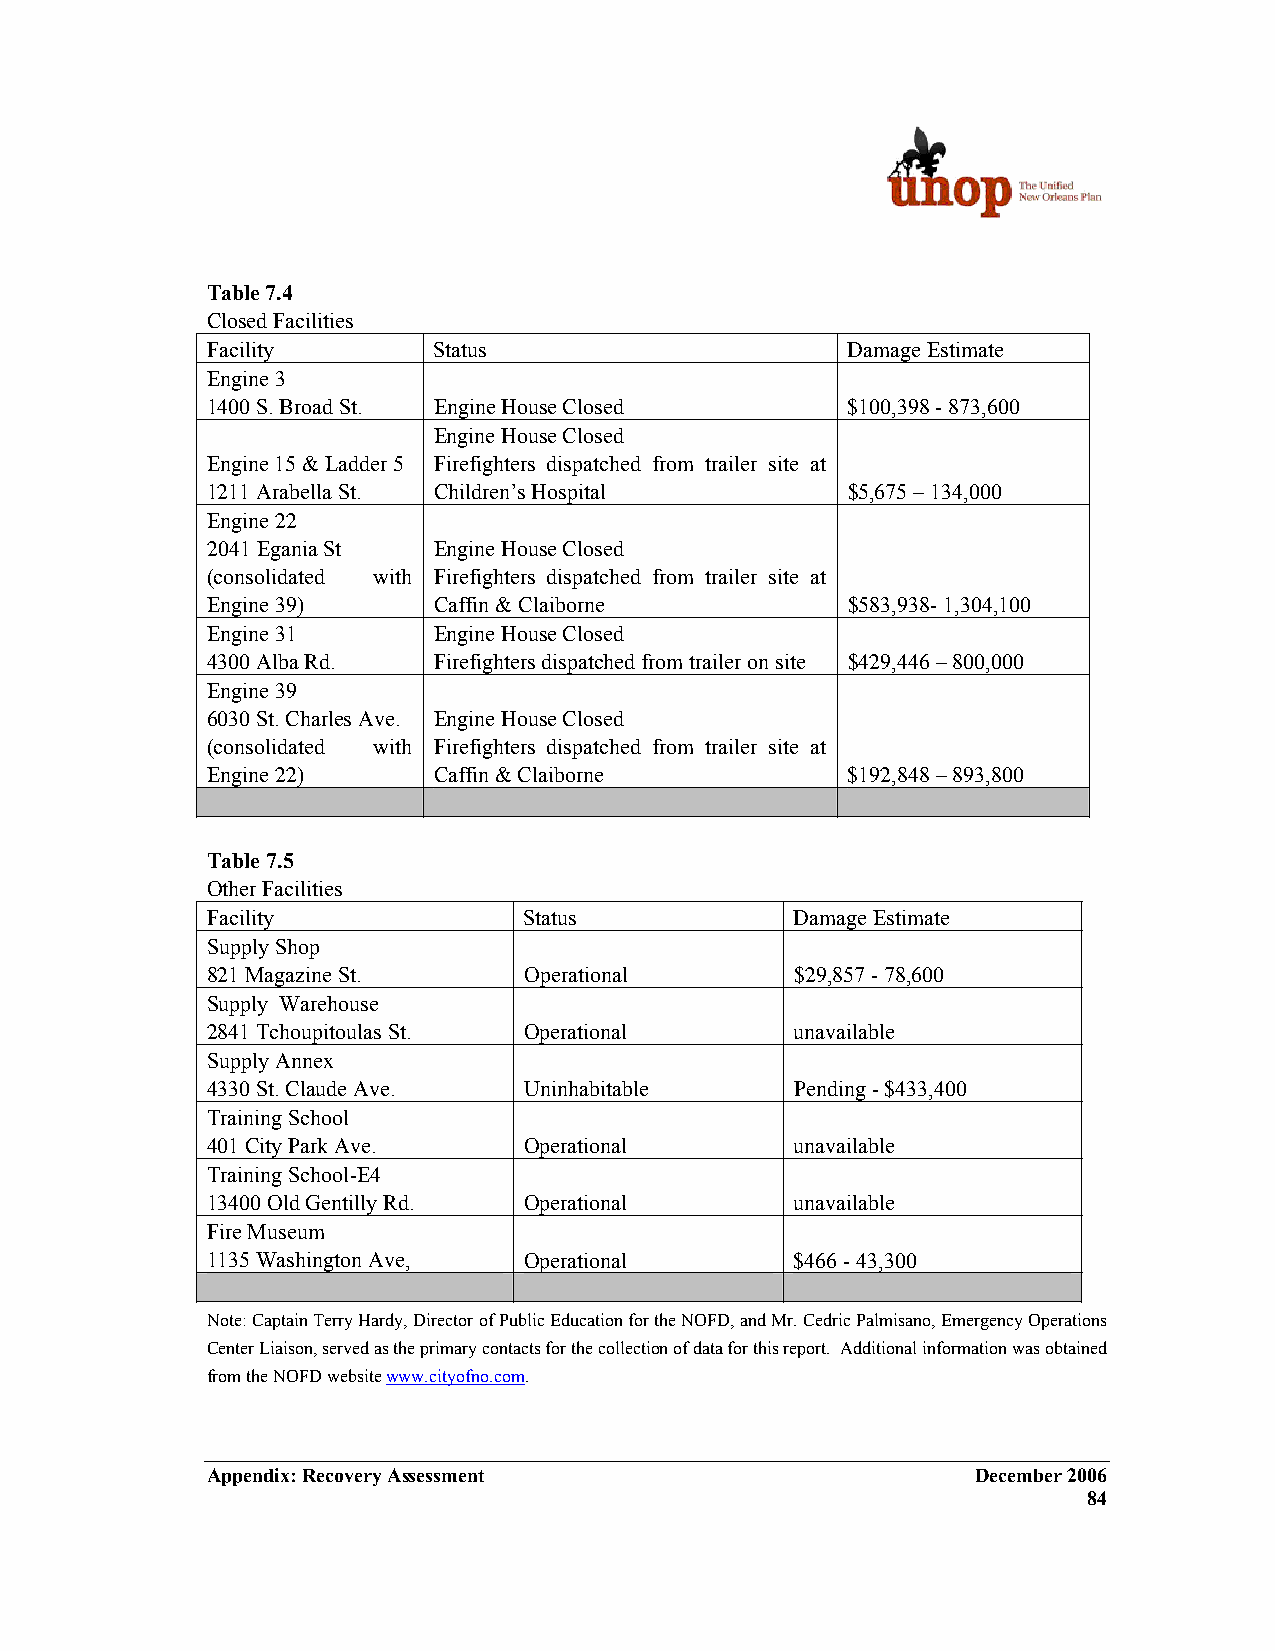
Table 7.4
 Closed Facilities
 Facility       Status                     Damage Estimate
 Engine 3
 1400 S. Broad St. Engine House Closed     $100,398 - 873,600
 Engine House Closed
 Engine 15 & Ladder 5 Firefighters dispatched from trailer site at
 1211 Arabella St. Children’s Hospital     $5,675 – 134,000
 Engine 22
 2041 Egania St Engine House Closed
 (consolidated with Firefighters dispatched from trailer site at
 Engine 39)     Caffin & Claiborne         $583,938- 1,304,100
 Engine 31      Engine House Closed
 4300 Alba Rd.  Firefighters dispatched from trailer on site $429,446 – 800,000
 Engine 39
 6030 St. Charles Ave. Engine House Closed
 (consolidated with Firefighters dispatched from trailer site at
 Engine 22)     Caffin & Claiborne         $192,848 – 893,800
 Table 7.5
 Other Facilities
 Facility             Status            Damage Estimate
 Supply Shop
 821 Magazine St.     Operational       $29,857 - 78,600
 Supply Warehouse
 2841 Tchoupitoulas St. Operational     unavailable
 Supply Annex
 4330 St. Claude Ave. Uninhabitable     Pending - $433,400
 Training School
 401 City Park Ave.   Operational       unavailable
 Training School-E4
 13400 Old Gentilly Rd. Operational     unavailable
 Fire Museum
 1135 Washington Ave, Operational       $466 - 43,300
 Note: Captain Terry Hardy, Director of Public Education for the NOFD, and Mr. Cedric Palmisano, Emergency Operations
 Center Liaison, served as the primary contacts for the collection of data for this report. Additional information was obtained
 from the NOFD website www.cityofno.com.
 Appendix: Recovery Assessment                      December 2006
 84